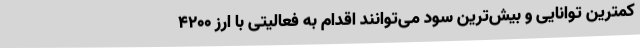
کمترین توانایی و بیش‌ترین سود می‌توانند اقدام به فعالیتی با ارز 4200